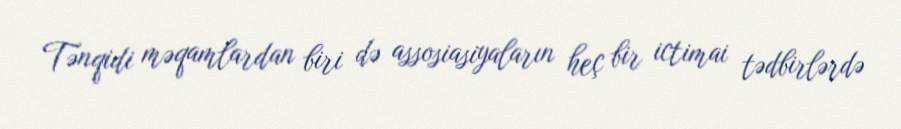
Tənqidi məqamlardan biri də assosiasiyaların heç bir ictimai tədbirlərdə